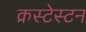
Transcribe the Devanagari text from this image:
क्रस्टेस्टन